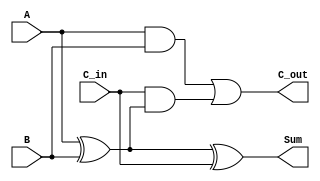
module RippleCarryFullAdder (
    input wire A,        // First input bit
    input wire B,        // Second input bit
    input wire C_in,     // Carry-in bit
    output wire Sum,     // Sum output
    output wire C_out    // Carry-out output
);

// Internal wires for intermediate calculations
wire AB_xor;           // A XOR B
wire A_and_B;          // A AND B
wire C_in_and_AB_xor;  // C_in AND (A XOR B)

// Calculate the Sum
assign AB_xor = A ^ B;               // A XOR B
assign Sum = AB_xor ^ C_in;          // (A XOR B) XOR C_in

// Calculate the Carry-out
assign A_and_B = A & B;              // A AND B
assign C_in_and_AB_xor = C_in & AB_xor; // C_in AND (A XOR B)
assign C_out = A_and_B | C_in_and_AB_xor; // (A AND B) OR (C_in AND (A XOR B))

endmodule